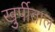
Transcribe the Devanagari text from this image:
खुर्पीताल